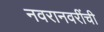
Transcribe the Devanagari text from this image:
नवरानवरींची